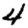
Digit: 4